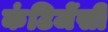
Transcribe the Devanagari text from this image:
कंटिजेंसी